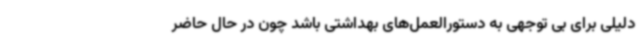
دلیلی برای بی توجهی به دستورالعمل‌های بهداشتی باشد چون در حال حاضر